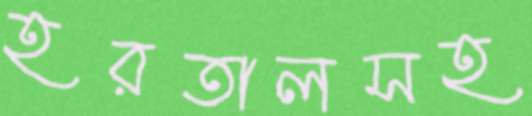
হরতালসহ